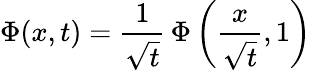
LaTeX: \Phi(x,t)={\frac{1}{\sqrt{t}}}\, \Phi\left({\frac{x}{\sqrt{t}}},1\right)